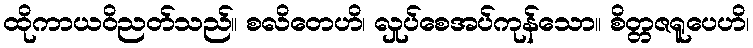
ထိုကာယဝိညတ်သည်။ စလိတေဟိ၊ လှုပ်စေအပ်ကုန်သော။ စိတ္တဇရူပေဟိ၊